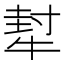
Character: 犎